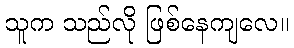
သူက သည်လို ဖြစ်နေကျလေ။